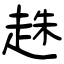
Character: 趎